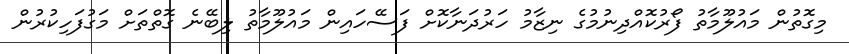
މިގޮތުން މައުލޫމާތު ފޯރުކޮއްދިނުމުގެ ނިޒާމު ހަރުދަނާކޮށް ފަސޭހައިން މައުލޫމާތު ލިބޭނެ ގޮތްތަށް މަގުފަހިކުރުން